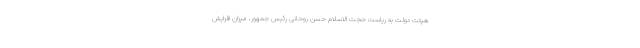
هیئت دولت به ریاست حجت الاسلام حسن روحانی رئیس جمهور، میزان افزایش